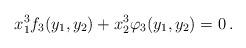
LaTeX: \begin{align*}x_1^3 f_3 (y_1, y_2) + x_2^3 \varphi_3 (y_1, y_2) = 0 \, . \end{align*}